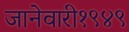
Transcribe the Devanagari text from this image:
जानेवारी१९४९